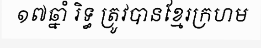
១៧ឆ្នាំ រិទ្ធ ត្រូវបានខ្មែរក្រហម